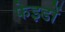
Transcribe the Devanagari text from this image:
फेइडों